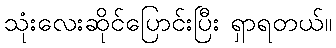
သုံးလေးဆိုင်ပြောင်းပြီး ရှာရတယ်။